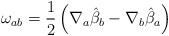
LaTeX: \begin{align*}\omega_{ab} = \frac{1}{2}\left ( \nabla_{a}{\hat \beta_{b}} -\nabla_{b}{\hat \beta_{a}} \right )\end{align*}